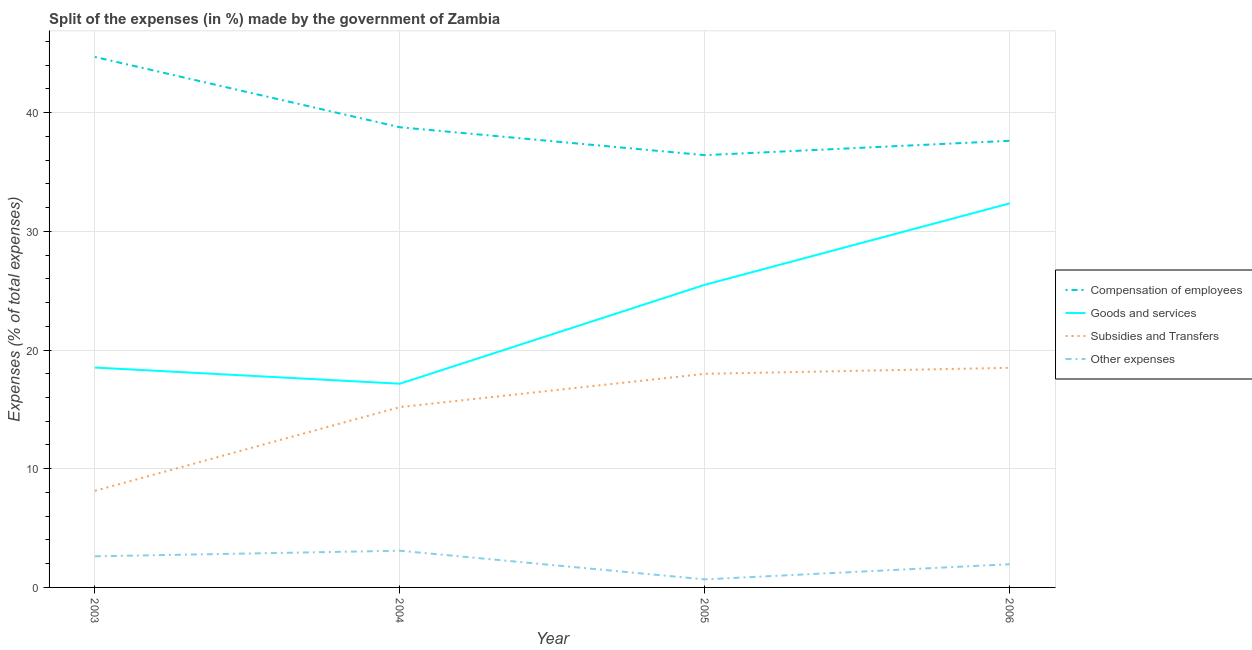
| Year | Compensation of employees | Goods and services | Subsidies and Transfers | Other expenses |
 | --- | --- | --- | --- | --- |
 | 2003 | 44.7 | 18.5 | 8.14 | 2.62 |
 | 2004 | 38.8 | 17.2 | 15.2 | 3.09 |
 | 2005 | 36.4 | 25.5 | 18 | 0.677 |
 | 2006 | 37.6 | 32.4 | 18.5 | 1.96 |